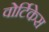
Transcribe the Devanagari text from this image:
वोर्टिकेस